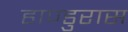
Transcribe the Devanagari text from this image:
हाण्डुरास